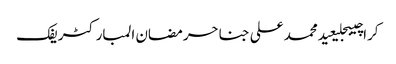
کراچیبجلیعیدمحمد علی جناحرمضان المبارکٹریفک